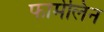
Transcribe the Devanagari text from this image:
फार्मेलिन